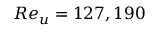
R e _ { u } = 1 2 7 , 1 9 0